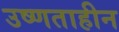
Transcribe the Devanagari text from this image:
उष्णताहीन